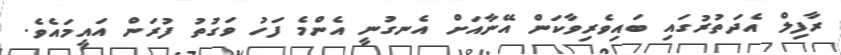
ރާފިލް އެދަތުރުގައި ބައިވެރިވާކަން އޭނާއަށް އެނގުނީ އެންމެ ފަހު ވަގުތު ފުރަން އައީމައެވެ.